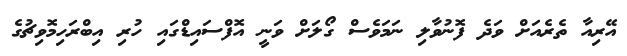
އޭރިއާ ތެރެއަށް ވަދެ ފޮނުވާލި ނަމަވެސް ގޯލަށް ވަނީ އޮފްސައިޑްގައި ހުރި އިބްރަހިމޮވިޗުގެ